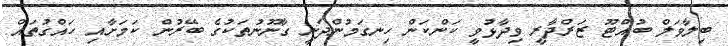
ބިލާވަލް ބުއްޓޫ ޒަރްދާރީ ވިދާޅުވީ ކަންކަން ހިނގަމުންދަނީ ގާނޫނުތަކުގެ ބޭރުން ކަމަށާއި ހައްގުތައް